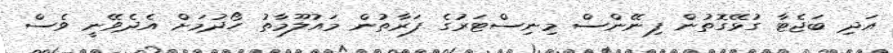
އަދި ބަޖެޓާ ގުޅޭގޮތުން ފިނޭންސް މިނިސްޓަރުގެ ފަރާތުން މައުލޫމާތު ހޯދުމަށް އެދެވޭނީ ވެސް